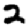
Digit: 2